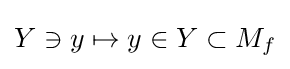
Y\ni y\mapsto y\in Y\subset M_{f}